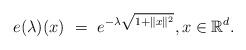
LaTeX: \begin{align*}e(\lambda)(x) \ = \ e^{ - \lambda \sqrt{ 1 + \|x\|^2}} , x \in \mathbb{R}^d.\end{align*}